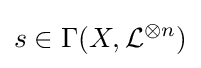
s\in \Gamma (X,{\mathcal {L}}^{\otimes n})